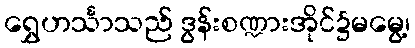
ရွှေဟင်္သာသည် ဒွန်းစဏ္ဍားအိုင်၌မမွေ့၊